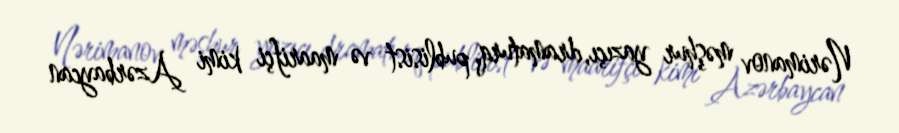
Nərimanov məşhur yazıçı, dramaturq, publisist və maarifçi kimi Azərbaycan